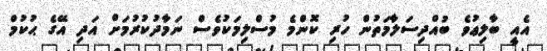
އެއީ ބާލިޢުވެ ބުއްދިސަލާމަތުން ހުރި ކޮންމެ މުސްލިމަކުވެސް ނަމާދުކުރުމަށް އަދި އޭގެ ޙުކުމް